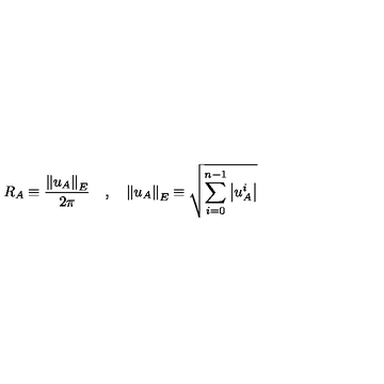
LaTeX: R _ { A } \equiv \frac { \left\| u _ { A } \right\| _ { E } } { 2 \pi } \quad , \quad \left\| u _ { A } \right\| _ { E } \equiv \sqrt { \sum _ { i = 0 } ^ { n - 1 } \left| u _ { A } ^ { i } \right| }